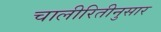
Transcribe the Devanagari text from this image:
चालीरितीनुसार